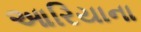
આરિયાના